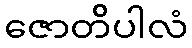
ဇောတိပါလံ